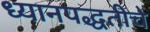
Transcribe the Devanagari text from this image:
ध्यानपद्धतीचे